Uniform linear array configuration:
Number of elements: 32
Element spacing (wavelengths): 1
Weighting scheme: kaiser
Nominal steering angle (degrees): -60
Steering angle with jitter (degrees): -61.848
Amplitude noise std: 0.05
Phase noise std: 0.05

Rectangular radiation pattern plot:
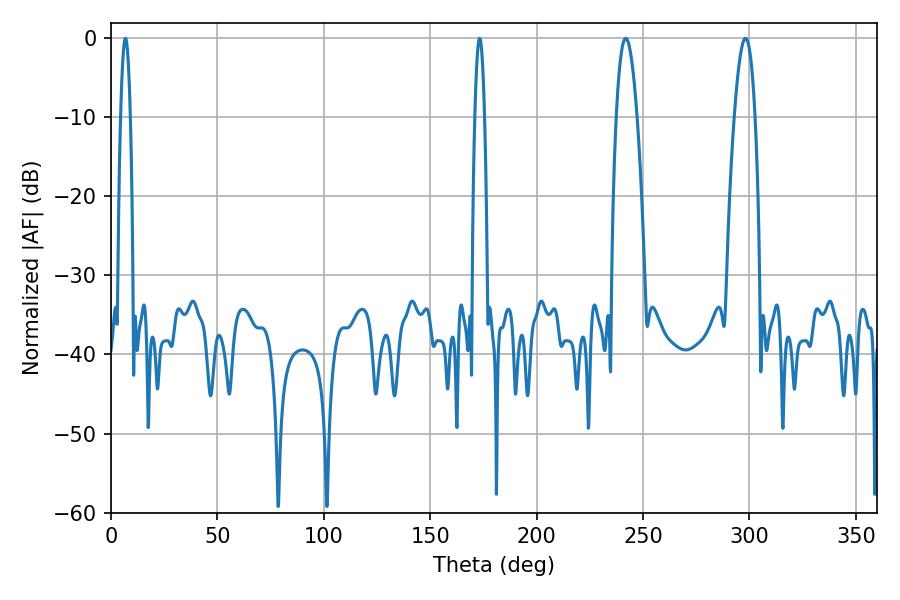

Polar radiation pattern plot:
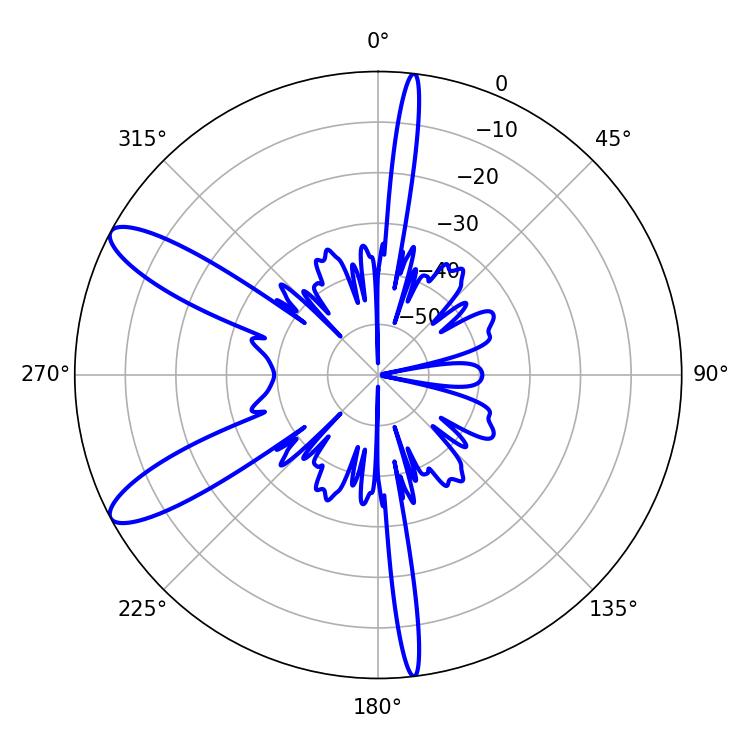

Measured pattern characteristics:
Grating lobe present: TRUE
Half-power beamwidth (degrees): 5.22
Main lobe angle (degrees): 298.08